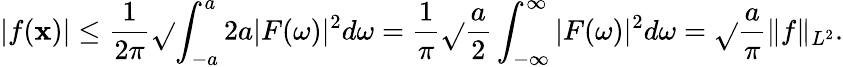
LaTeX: |f(\mathbf{x})|\leq{\frac{{1}}{{2\pi}}}{\sqrt{}{{\int_{-a}^{a}2a|F(\omega)|^{2}d\omega}}}={\frac{{1}}{{\pi}}}{\sqrt{}{{{\frac{{a}}{{2}}}\int_{-\infty}^{\infty}|F(\omega)|^{2}d\omega}}}={\sqrt{}{{\frac{{a}}{{\pi}}}}}\| f\| _{L^{2}}.